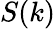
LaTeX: S(k)